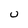
Character: U